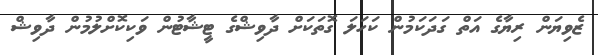
ޒެވިޔަން ރިޔާގެ އަތް ގަދަކަމުން ކަހަލަ ގޮތަކަށް ދާވިޝްގެ ޓީޝާޓުން ވަކިކޮށްލުމުން ދާވިޝް